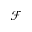
\mathcal { F }